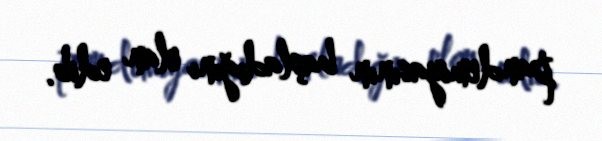
pandemiyasının başladığını elan edib.